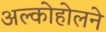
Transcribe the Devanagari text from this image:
अल्कोहोलने